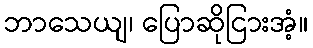
ဘာသေယျ၊ ပြောဆိုငြားအံ့။